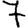
Digit: 7